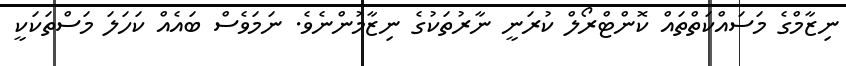
ނިޒާމްގެ މަސައްކަތްތައް ކޮންޓްރޯލް ކުރަނީ ނާރުތަކުގެ ނިޒާމުންނެވެ. ނަމަވެސް ބައެއް ކަހަލަ މަސްތަކަކީ